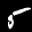
Label: 5